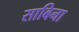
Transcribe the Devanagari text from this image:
साबिना